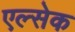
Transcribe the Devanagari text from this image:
एल्सेक